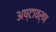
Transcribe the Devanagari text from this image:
अष्टावर्ण